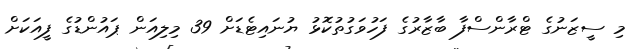
މި ސީޒަނުގެ ޓްރާންސްފާ ބާޒާރުގެ ފަހުވަގުތުކޮޅު ޔުނައިޓެޑަށް 39 މިލިއަން ޕައުންޑުގެ ފީއަކަށް